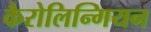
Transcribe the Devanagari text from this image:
कैरोलिन्गियन